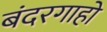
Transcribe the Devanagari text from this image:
बंदरगाहो